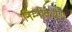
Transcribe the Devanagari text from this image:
निम्नीकरण।